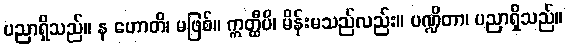
ပညာရှိသည်။ န ဟောတိ၊ မဖြစ်။ ဣတ္ထီပိ၊ မိန်းမသည်လည်း။ ပဏ္ဍိတာ၊ ပညာရှိသည်။